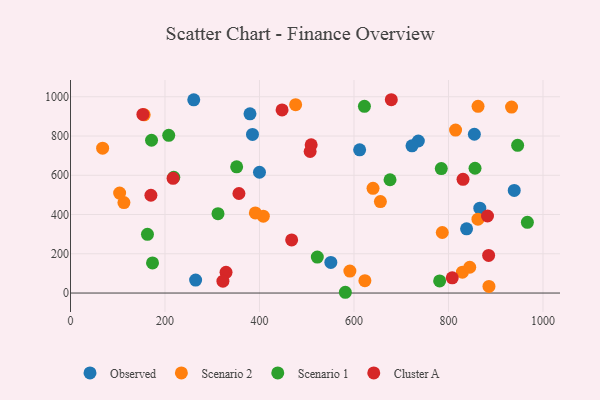
{"axis": {"x": "Speed", "y": "Yield"}, "legend": ["Cluster A", "Observed", "Scenario 1", "Scenario 2"], "data": [{"x": "400.0", "y": 615.3, "type": "Observed"}, {"x": "736.2", "y": 774.5, "type": "Observed"}, {"x": "722.8", "y": 750.2, "type": "Observed"}, {"x": "939.2", "y": 523.0, "type": "Observed"}, {"x": "264.8", "y": 66.3, "type": "Observed"}, {"x": "551.0", "y": 156.1, "type": "Observed"}, {"x": "379.9", "y": 913.0, "type": "Observed"}, {"x": "385.2", "y": 808.0, "type": "Observed"}, {"x": "260.9", "y": 984.6, "type": "Observed"}, {"x": "838.3", "y": 327.0, "type": "Observed"}, {"x": "612.0", "y": 729.9, "type": "Observed"}, {"x": "854.8", "y": 809.1, "type": "Observed"}, {"x": "866.3", "y": 432.3, "type": "Observed"}, {"x": "68.0", "y": 738.1, "type": "Scenario 2"}, {"x": "623.1", "y": 63.2, "type": "Scenario 2"}, {"x": "815.0", "y": 830.4, "type": "Scenario 2"}, {"x": "640.3", "y": 533.6, "type": "Scenario 2"}, {"x": "591.3", "y": 111.8, "type": "Scenario 2"}, {"x": "476.5", "y": 959.7, "type": "Scenario 2"}, {"x": "113.1", "y": 460.9, "type": "Scenario 2"}, {"x": "408.1", "y": 391.6, "type": "Scenario 2"}, {"x": "104.0", "y": 509.1, "type": "Scenario 2"}, {"x": "655.9", "y": 465.9, "type": "Scenario 2"}, {"x": "885.7", "y": 33.8, "type": "Scenario 2"}, {"x": "862.4", "y": 376.4, "type": "Scenario 2"}, {"x": "786.9", "y": 308.4, "type": "Scenario 2"}, {"x": "829.5", "y": 106.2, "type": "Scenario 2"}, {"x": "391.2", "y": 408.4, "type": "Scenario 2"}, {"x": "862.6", "y": 951.1, "type": "Scenario 2"}, {"x": "845.0", "y": 131.5, "type": "Scenario 2"}, {"x": "933.5", "y": 947.4, "type": "Scenario 2"}, {"x": "156.0", "y": 908.0, "type": "Scenario 2"}, {"x": "856.2", "y": 635.8, "type": "Scenario 1"}, {"x": "173.6", "y": 153.5, "type": "Scenario 1"}, {"x": "781.3", "y": 61.7, "type": "Scenario 1"}, {"x": "967.0", "y": 360.2, "type": "Scenario 1"}, {"x": "581.7", "y": 3.9, "type": "Scenario 1"}, {"x": "171.5", "y": 778.4, "type": "Scenario 1"}, {"x": "351.7", "y": 643.2, "type": "Scenario 1"}, {"x": "207.9", "y": 803.5, "type": "Scenario 1"}, {"x": "622.1", "y": 951.1, "type": "Scenario 1"}, {"x": "946.4", "y": 752.5, "type": "Scenario 1"}, {"x": "522.4", "y": 183.1, "type": "Scenario 1"}, {"x": "312.2", "y": 404.4, "type": "Scenario 1"}, {"x": "676.3", "y": 577.2, "type": "Scenario 1"}, {"x": "162.9", "y": 299.3, "type": "Scenario 1"}, {"x": "784.8", "y": 633.9, "type": "Scenario 1"}, {"x": "218.6", "y": 589.8, "type": "Scenario 1"}, {"x": "217.1", "y": 584.4, "type": "Cluster A"}, {"x": "882.6", "y": 392.6, "type": "Cluster A"}, {"x": "885.0", "y": 191.7, "type": "Cluster A"}, {"x": "679.0", "y": 984.9, "type": "Cluster A"}, {"x": "356.5", "y": 507.1, "type": "Cluster A"}, {"x": "329.2", "y": 105.6, "type": "Cluster A"}, {"x": "322.6", "y": 60.6, "type": "Cluster A"}, {"x": "153.2", "y": 910.1, "type": "Cluster A"}, {"x": "170.2", "y": 498.2, "type": "Cluster A"}, {"x": "468.1", "y": 270.6, "type": "Cluster A"}, {"x": "447.8", "y": 933.1, "type": "Cluster A"}, {"x": "507.2", "y": 721.2, "type": "Cluster A"}, {"x": "830.8", "y": 579.6, "type": "Cluster A"}, {"x": "808.0", "y": 77.7, "type": "Cluster A"}, {"x": "509.4", "y": 755.3, "type": "Cluster A"}]}